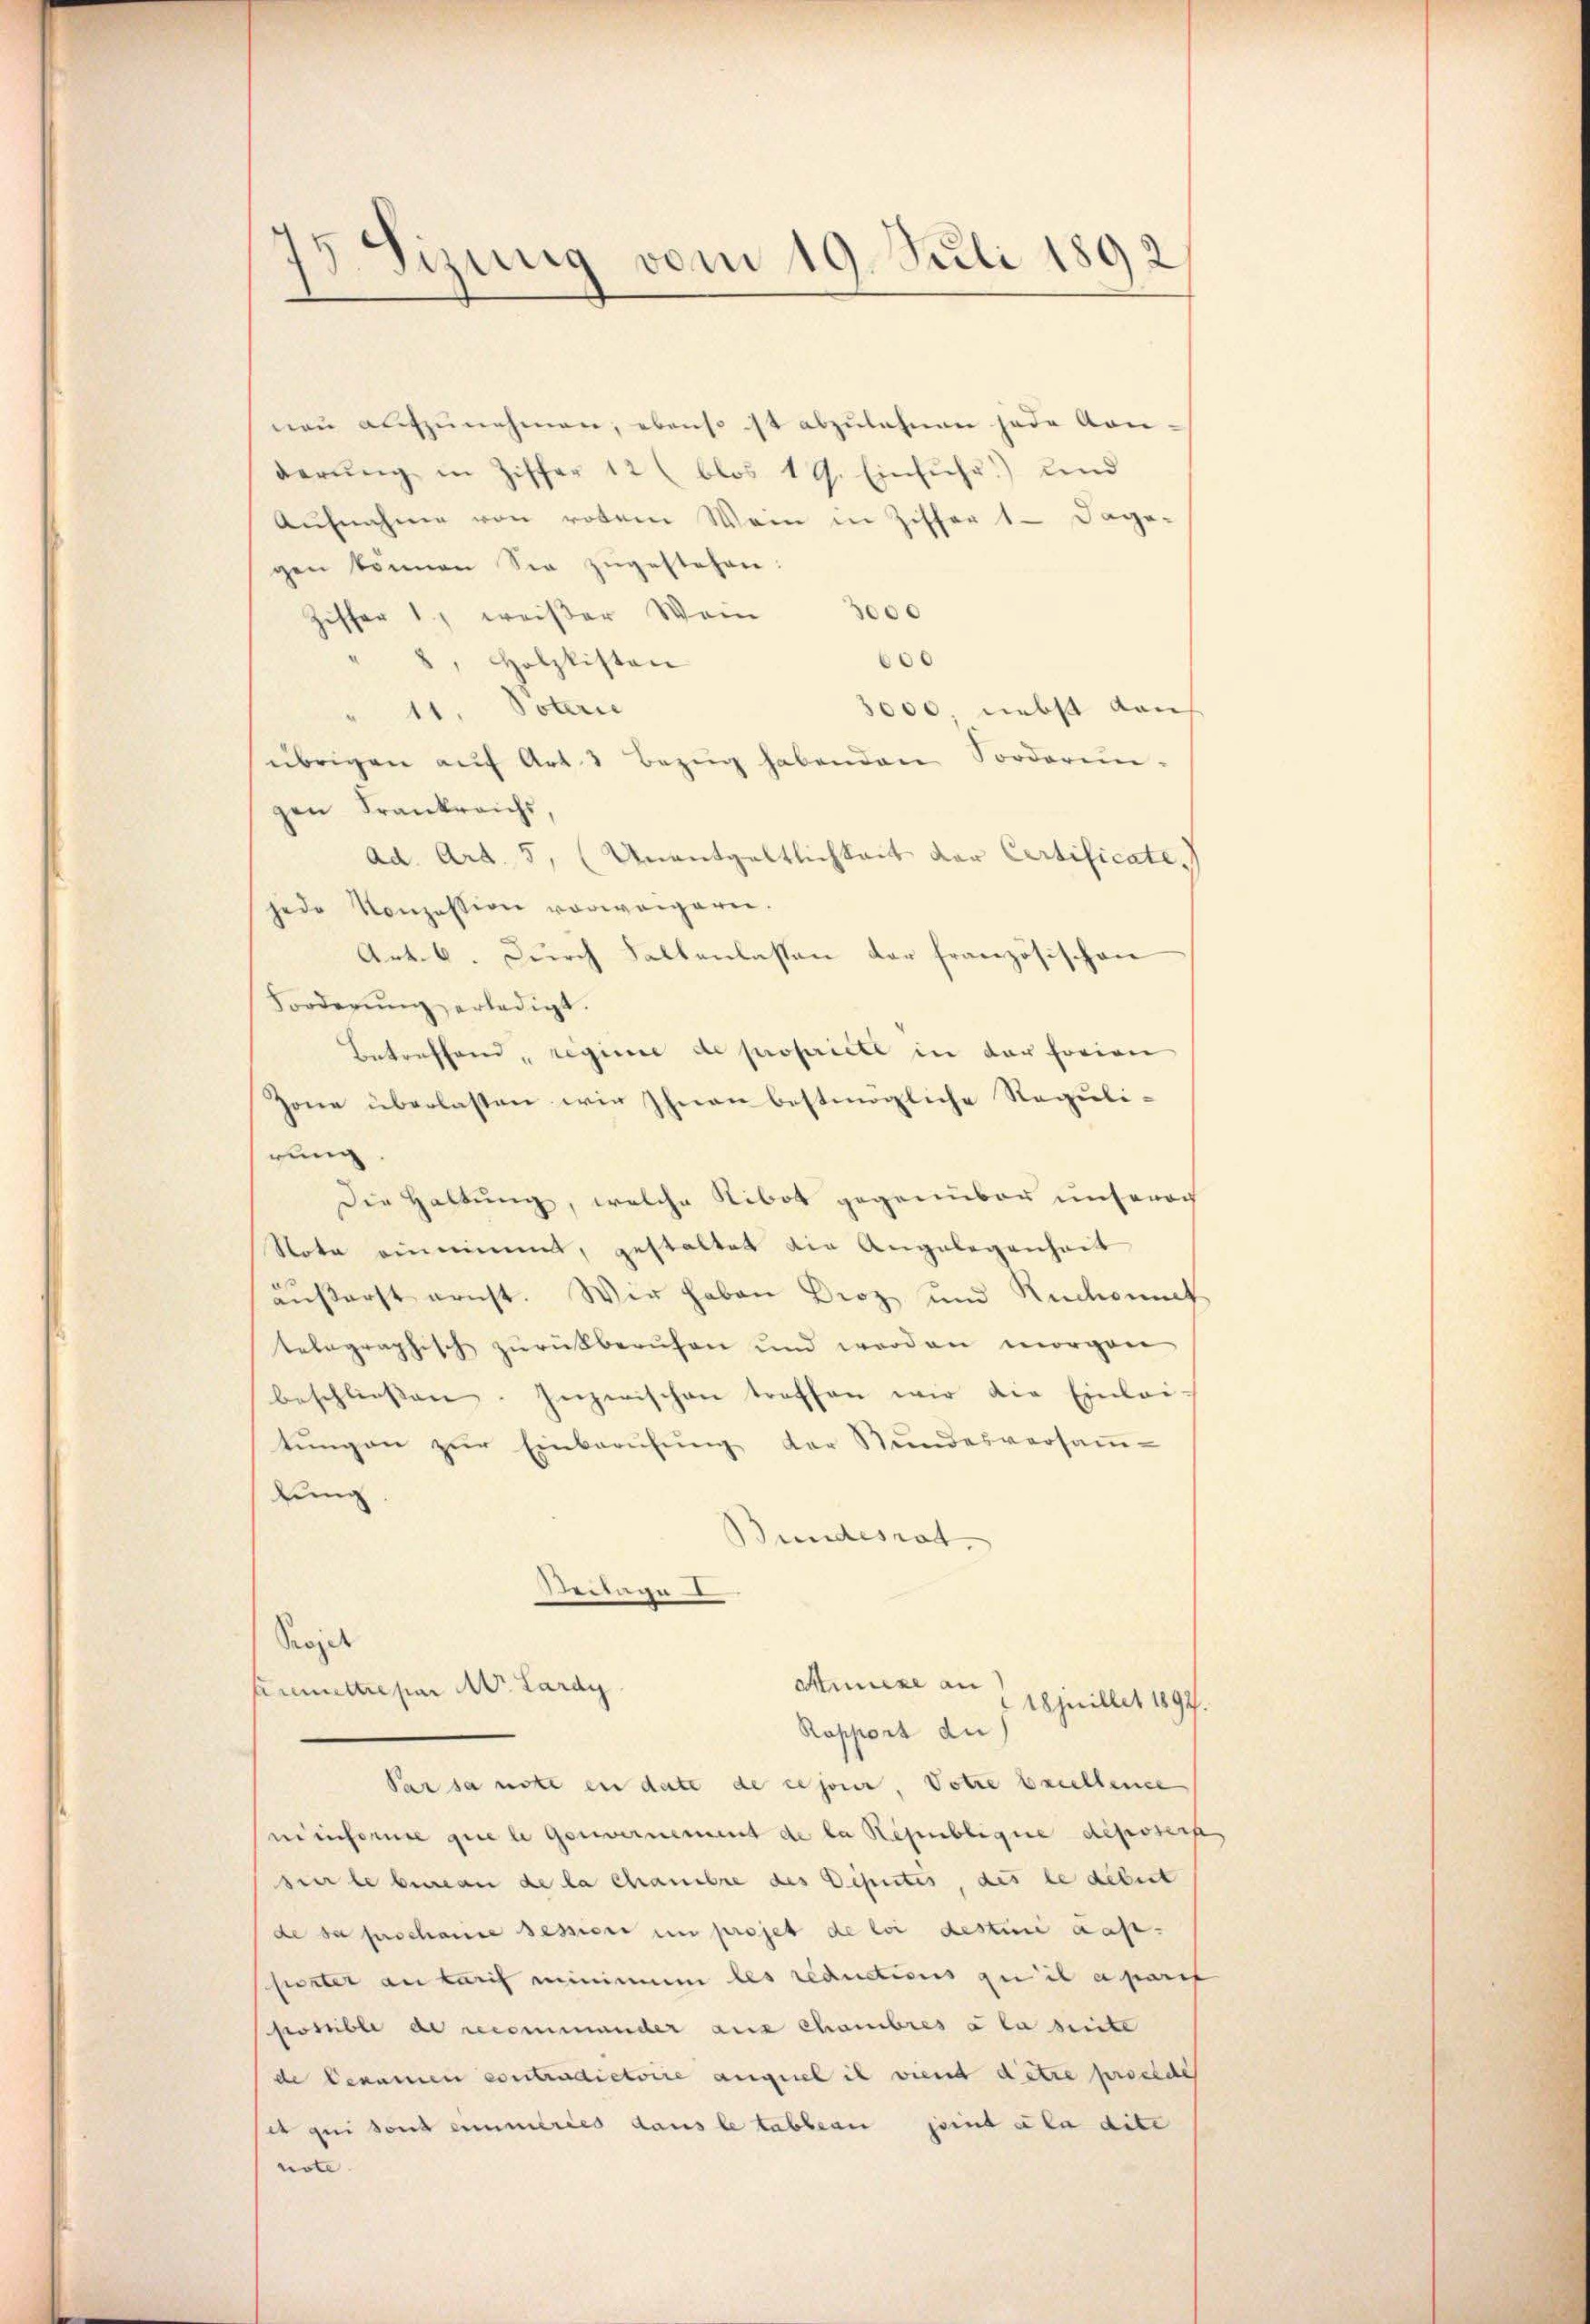
13. Sizung vom 19. Juli 1892

neu aufzunehmen, ebenso ist abzulehnen jede Kon-
derŭng in Ziffer 12 (blos 19. Einfŭhr.) und
Aŭfnahme von rotem Wein in Ziffer 1 dage-
gen können Sie zugestehen:
Zisher 1, weißer Wein 3000
0
8, Holzlisten
Vaterie
3000, nebst dan
übrigen aŭf Art. 3 Bezug habenden Sorderun-
gen Frankreichs,
ad. Art. 5, (Unentgeltlichkeit der Certificate.
jede Konzession vorweigern.
Art. 6. Durch Fallenlassen der französischen
Forderŭng erledigt.
Betreffend, regime de propriete in der forien
Zone überlassen wir Ihnen bestmögliche Regulirung
Die Haltung, welche Nibot gegenüber unserer
Note einnimmt, gestaltet die Angelegenheit
ausserst ernst. Wir haben Diez und Rückant
telegraphisch zŭrückberufen und werden morgen
beschliessen. Inzwischen treffen wir die Einlei-
tŭngen zŭr Einberufung der Stundesversaṁ-
lung
Bundesrat
Seren
Projet
Amise an
Aremettre par Hr. Lardy
18juillet 1897.
Rapport die
Par sa note en date de ce jour, Dotie baillence
ninforme que le Gouvernement de la République deponirt
sier le berein de la chambre des Deputes, des le debert
de sa perschause session in projet de loi destini das-
sezter an Lauf minimum les réductions zu il a parit
Fossible de recommander aus chambres à la seite
de bekamen contradictoire auquel il viend detre procede
es gei sont eineries dans le tableau seinta la dite
note. |